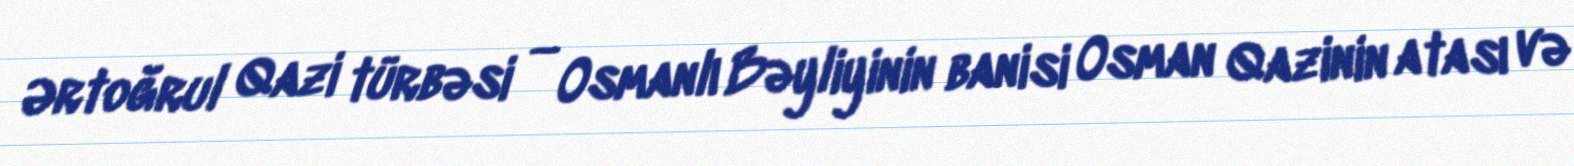
Ərtoğrul Qazi türbəsi — Osmanlı Bəyliyinin banisi Osman Qazinin atası və